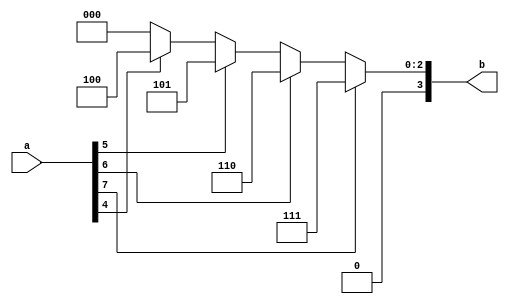
module decoder1(a,b);
input [7:0] a;
output reg [3:0] b;
always@(a)
begin
if(a[7]==1)
	b=4'b0111;//7
else if(a[6]==1)
	b=4'b0110;//6
else if(a[5]==1)
	b=4'b0101;//5
else if(a[4]==1)
	b=4'b0100;//4
	
/*else if(a[3]==1)
	b=4'b0011;
else if(a[2]==1)
	b=4'b0010;
else if(a[1]==1)
	b=4'b0001;
else if(a[0]==1)
	b=4'b0000;*/
else
	b=4'b0000;
end
endmodule